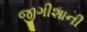
જીગીશાની